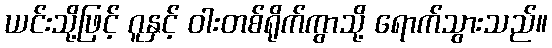
ယင်းသို့ဖြင့် ဂူနှင့် ဝါးတစ်ရိုက်ကွာသို့ ရောက်သွားသည်။